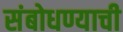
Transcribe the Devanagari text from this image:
संबोधण्याची